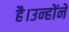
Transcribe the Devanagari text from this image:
है।उन्होंने